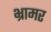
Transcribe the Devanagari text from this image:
भ्रामर